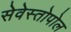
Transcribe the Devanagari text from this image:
सेवेस्तोपोल